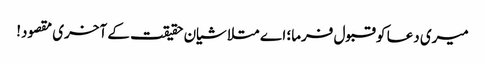
میری دعا کو قبول فرما؛ اے متلاشیان حقیقت کے آخری مقصود!